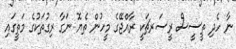
ނާ ހެދި ތީސީސް ރީސަރޗަކީ ރާއްޖޭގެ މީހުން ތެޔޮޮ ނަގާ ރިގުތަކުގެ މަތީގައި